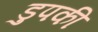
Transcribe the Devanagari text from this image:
डुपकी